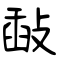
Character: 敮